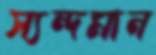
স্যন্দমান